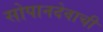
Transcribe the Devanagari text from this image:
सोपानदेवाची